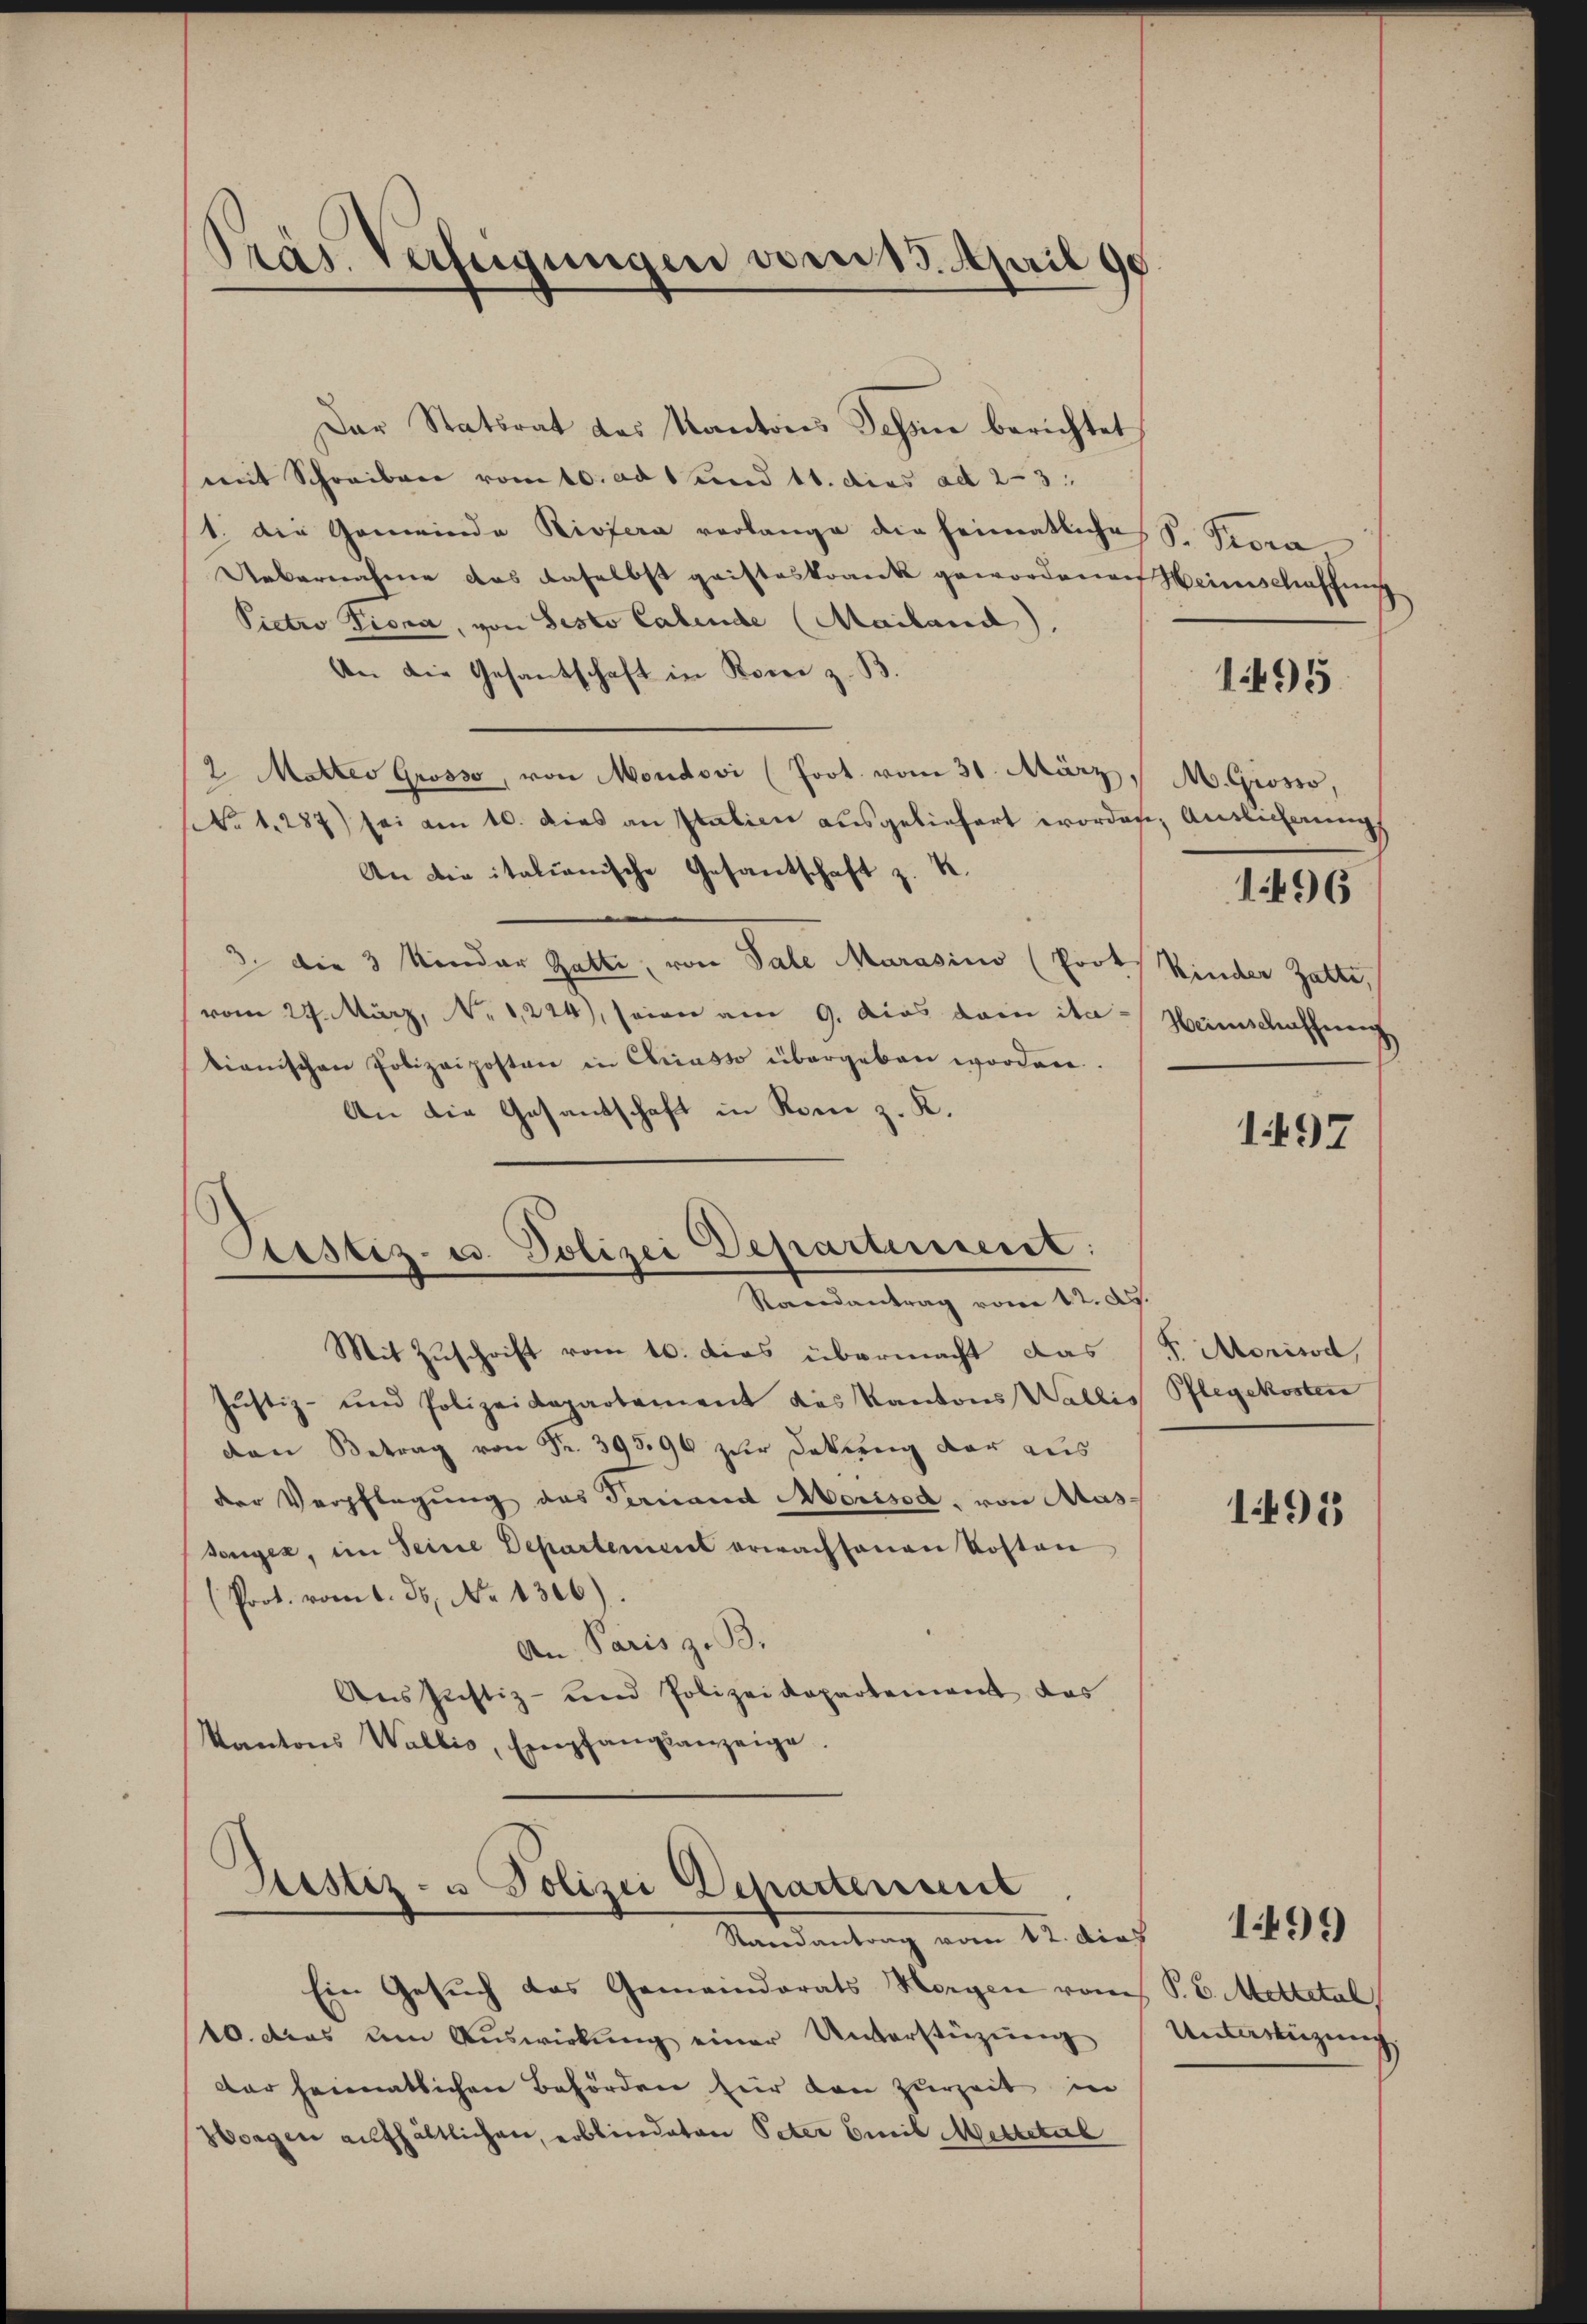
Präs. Verfügungen vom 13. April 90

Dar Statsrat des Kantons Schön berichtet
mit Schreiben vom 10. ad 1. und 11. dies ad 2-3
1. Die Gemeinde Riviera verlange die heimatliche S. Peora,
Uebernahme das daselbst geisteskrank gewordenen Weinschaffung
Pietro Piona, von Sesto labende (Mailand).
An die Gesantschaft in Romi z. B.
2 Mettes Grosso, von Moudovi (Poot. vom 31. März / M. Grosso,
No 1287) sei am 10. dies an Italien ausgeliefert worden, Auslicherungs
An die italienische Gesandschaft z. B.
3 die 3 Kinder Gatti, von Sale Marasino (Prots Kinder Zatte,
vom 27. März, No 1244), seien am 9. dies dem ita Heimschaffung
tianischen Polizeiposten in Chriasso übergeben worden.
An die Gesantschaft in Rom z. K.
Piustiz- u. Polizei Departement:
Randantrag vom 12. d.
Mit Zuschrift vom 10. dies übermacht das P. Morisod,
Justiz- und Polizeidepartement das Kantons Wallis Pflegekosten
den Betrag von Fr. 393,90 zur Doktring der aus
der Verpflegung des Fernand Morisod, von Mas-
senger, im Seine Departement erwachsenen Kosten
(Prot. vom 1. Js. No 1306).
An Paris z. B.
Aus Justiz- und Polizeidepartement das
Kantons Wallis, Empfangsanzeige.

Justiz- u Polizei Departenmit
Randantrag vom 12. dies

Ein Gesŭch das Gemeindrats Morgen vom P. C. Mittetal
10. das am Aŭswirkŭng einer Unterstüzung
dar heimatlichen Behörden für den zurzeit in
Sorgen aufhältlichen, erblindeten Peter Emil Metteterl

1495

1496

1497

1495

Untersteigung

1499